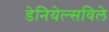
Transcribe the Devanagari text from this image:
डेनियेल्सविले